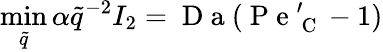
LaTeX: \operatorname*{min}_{\tilde{q}}{\alpha\tilde{q}^{-2}I_{2}}=\mathrm{~D~a~}(\mathrm{~P~e~}_{\mathrm{~C~}}^{\prime}-1)